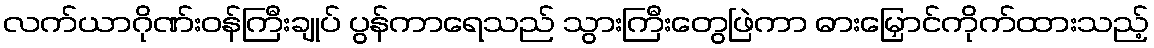
လက်ယာဂိုဏ်းဝန်ကြီးချုပ် ပွန်ကာရေသည် သွားကြီးတွေဖြဲကာ ဓားမြှောင်ကိုက်ထားသည့်